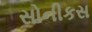
સોનીકસ